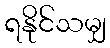
ရနိုင်သမျှ